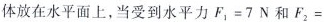
体放在水平面上，当受到水平力$$F_{1}=7N$$和F_{2}=